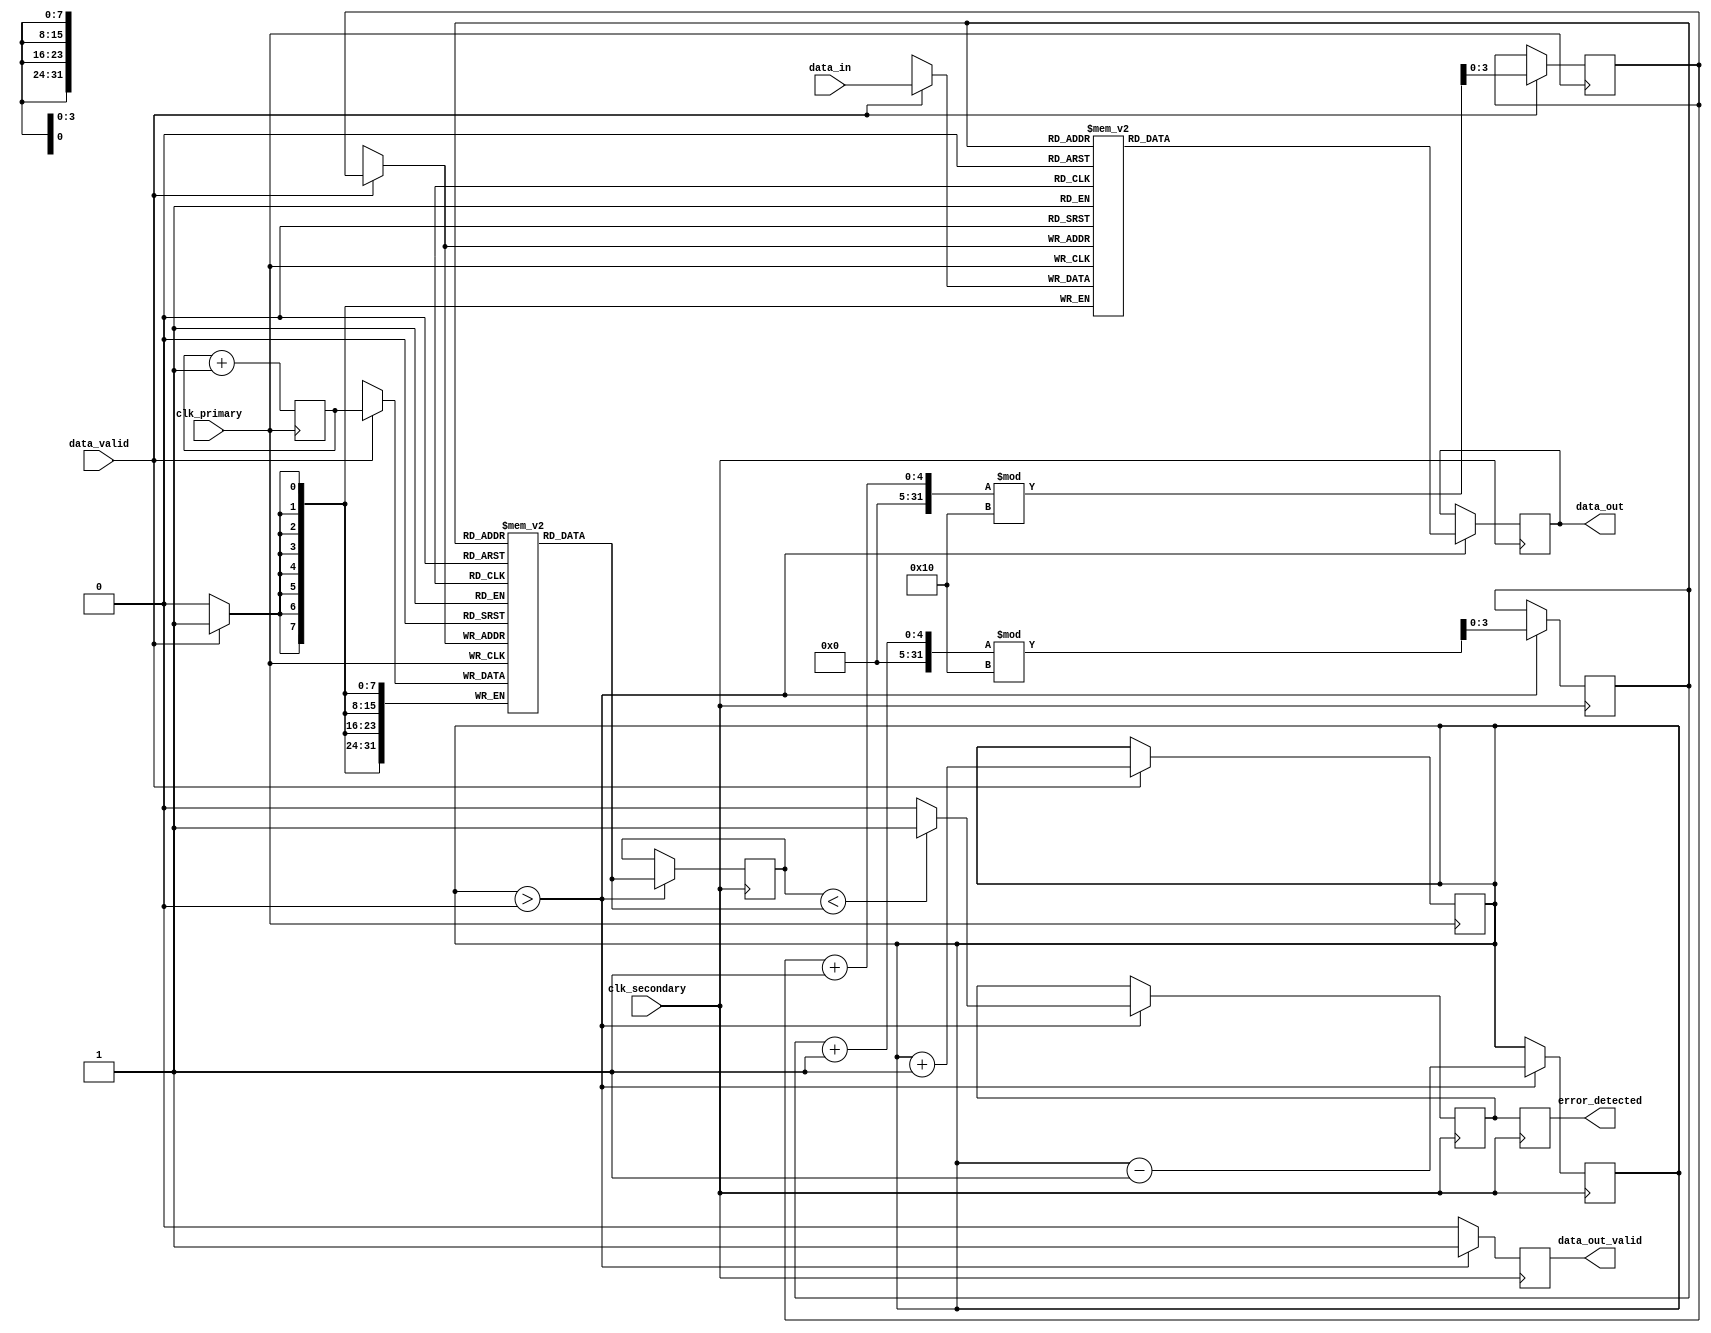
module TimeStampedSynchronizer #(
    parameter DATA_WIDTH = 8,
    parameter FIFO_DEPTH = 16
)(
    input wire clk_primary,          // Primary clock
    input wire clk_secondary,        // Secondary clock
    input wire [DATA_WIDTH-1:0] data_in, // Input data
    input wire data_valid,           // Data valid signal
    output reg [DATA_WIDTH-1:0] data_out, // Output data
    output reg data_out_valid,       // Output valid signal
    output reg error_detected        // Error detection signal
);

// Time-stamp counter
reg [31:0] timestamp_counter;
reg [31:0] timestamp_fifo [0:FIFO_DEPTH-1]; // Time-stamp FIFO
reg [DATA_WIDTH-1:0] data_fifo [0:FIFO_DEPTH-1]; // Data FIFO
reg [3:0] write_pointer; // Write pointer for FIFO
reg [3:0] read_pointer;  // Read pointer for FIFO
reg [3:0] fifo_count;    // FIFO count

// Error detection logic
reg [31:0] last_timestamp;
reg error_flag;

// Write logic (Primary clock domain)
always @(posedge clk_primary) begin
    if (data_valid) begin
        // Capture timestamp and data
        timestamp_fifo[write_pointer] <= timestamp_counter;
        data_fifo[write_pointer] <= data_in;
        write_pointer <= (write_pointer + 1) % FIFO_DEPTH;
        fifo_count <= fifo_count + 1;
    end
    timestamp_counter <= timestamp_counter + 1; // Increment timestamp
end

// Read logic (Secondary clock domain)
always @(posedge clk_secondary) begin
    if (fifo_count > 0) begin
        // Output data and timestamp
        data_out <= data_fifo[read_pointer];
        last_timestamp <= timestamp_fifo[read_pointer];
        data_out_valid <= 1'b1; // Set output valid signal
        read_pointer <= (read_pointer + 1) % FIFO_DEPTH;
        fifo_count <= fifo_count - 1;
    end else begin
        data_out_valid <= 1'b0; // Clear output valid signal
    end
end

// Error detection mechanism
always @(posedge clk_secondary) begin
    if (fifo_count > 0) begin
        // Check for timestamp discrepancies (simple example)
        if (last_timestamp < timestamp_fifo[read_pointer]) begin
            error_flag <= 1'b1; // Set error flag if timestamp is out of order
        end else begin
            error_flag <= 1'b0; // Clear error flag
        end
    end
end

// Assign error detected signal
always @(posedge clk_secondary) begin
    error_detected <= error_flag;
end

endmodule